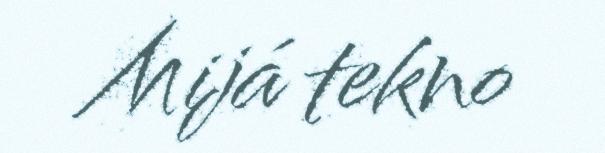
Mijá tekno